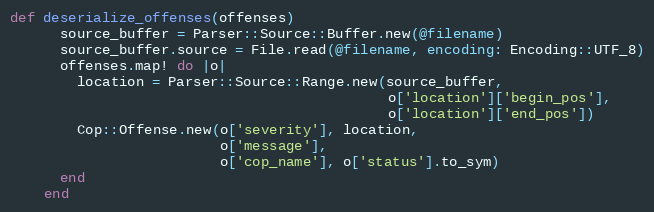
Language: Ruby
def deserialize_offenses(offenses)
      source_buffer = Parser::Source::Buffer.new(@filename)
      source_buffer.source = File.read(@filename, encoding: Encoding::UTF_8)
      offenses.map! do |o|
        location = Parser::Source::Range.new(source_buffer,
                                             o['location']['begin_pos'],
                                             o['location']['end_pos'])
        Cop::Offense.new(o['severity'], location,
                         o['message'],
                         o['cop_name'], o['status'].to_sym)
      end
    end